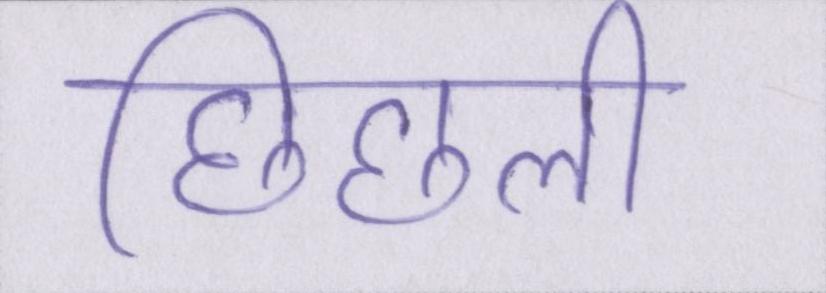
छिछली